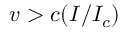
v > c ( I / I _ { c } )